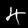
Digit: 4